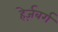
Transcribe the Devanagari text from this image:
हेर्ज़बर्ग